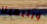
ويليمينا